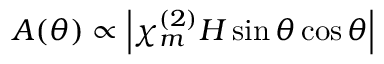
A ( \theta ) \propto \left| \chi _ { m } ^ { ( 2 ) } H \sin \theta \cos \theta \right|